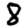
Digit: 8